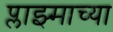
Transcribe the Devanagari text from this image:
प्लाझ्माच्या